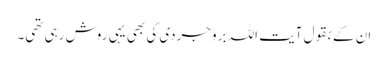
ان کے بقول آیت اللہ بروجردی کی بھی یہی روش رہی تھی۔